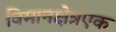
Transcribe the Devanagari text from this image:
विमानक्षेत्रएक